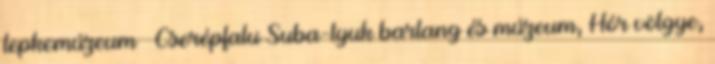
lepkemúzeum – Cserépfalu Suba-lyuk barlang és múzeum, Hór völgye,